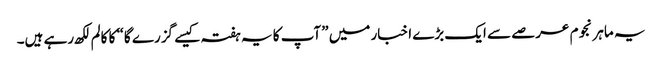
یہ ماہر نجوم عرصے سے ایک بڑے اخبار میں ”آپ کا یہ ہفتہ کیسے گزرے گا“ کا کالم لکھ رہے ہیں۔